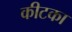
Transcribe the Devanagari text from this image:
कीटका